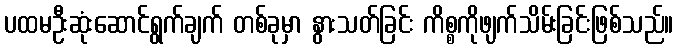
ပထမဦးဆုံးဆောင်ရွက်ချက် တစ်ခုမှာ နွားသတ်ခြင်း ကိစ္စကိုဖျက်သိမ်းခြင်းဖြစ်သည်။